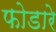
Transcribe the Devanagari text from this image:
फोडारे